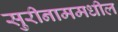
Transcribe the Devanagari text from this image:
सुरीनाममधील